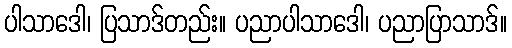
ပါသာဒေါ၊ ပြသာဒ်တည်း။ ပညာပါသာဒေါ၊ ပညာပြာသာဒ်။